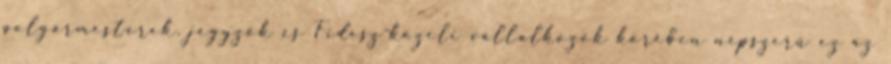
polgármesterek, jegyzők és Fidesz-közeli vállalkozók körében népszerű ez az